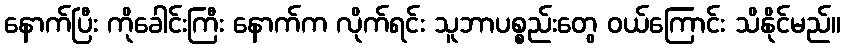
နောက်ပြီး ကိုခေါင်းကြီး နောက်က လိုက်ရင်း သူဘာပစ္စည်းတွေ ဝယ်ကြောင်း သိနိုင်မည်။